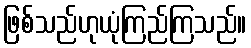
ဖြစ်သည်ဟုယုံကြည်ကြသည်။